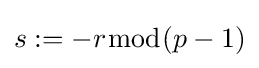
s:=-r{\bmod {(p-1)}}